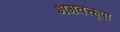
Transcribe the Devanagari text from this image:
भगवत्कृपा